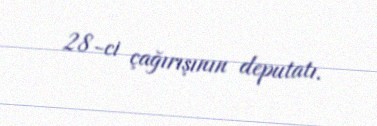
28-ci çağırışının deputatı.